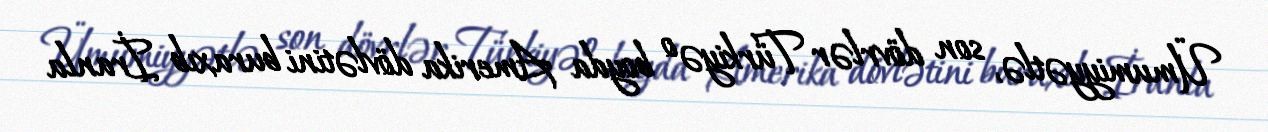
Ümumiyyətlə, son dövrlər Türkiyə o boyda Amerika dövlətini buraxıb İranla